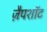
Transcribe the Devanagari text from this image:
ज़ैपशॉट